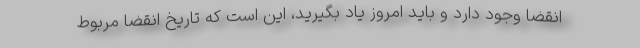
انقضا وجود دارد و باید امروز یاد بگیرید، این است که تاریخ انقضا مربوط